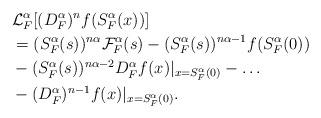
LaTeX: \begin{align*} & \mathcal{L}_{F}^{\alpha}[(D_{F}^{\alpha})^{n}f(S_{F}^{\alpha}(x))]\\& = (S_{F}^{\alpha}(s))^{n\alpha}\mathcal{F}_{F}^{\alpha}(s)-(S_{F}^{\alpha}(s))^{n\alpha-1}f(S_{F}^{\alpha}(0))\\&-(S_{F}^{\alpha}(s))^{n\alpha-2}D_{F}^{\alpha}f(x)|_{x=S_{F}^{\alpha}(0)}-\ldots\\&-(D_{F}^{\alpha})^{n-1}f(x)|_{x=S_{F}^{\alpha}(0)}. \end{align*}